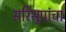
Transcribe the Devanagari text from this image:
सरिसृपांचा